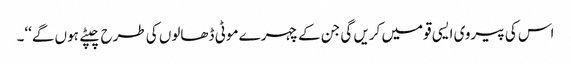
اس کی پیروی ایسی قومیں کریں گی جن کے چہرے موٹی ڈھالوں کی طرح چپٹے ہوں گے‘‘۔